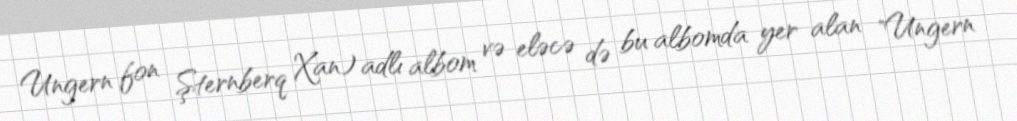
Ungern fon Şternberq Xan) adlı albom və eləcə də bu albomda yer alan "Ungern